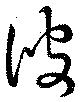
彼